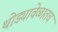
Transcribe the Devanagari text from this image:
थोड्यावेळातच